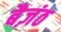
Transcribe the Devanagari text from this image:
बैज़ंठ